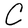
Character: C